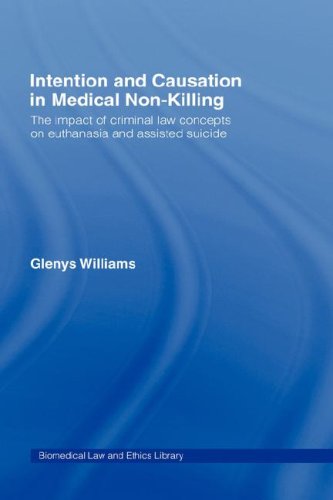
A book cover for Intention and Causation in Medical Non-Killing: The Impact of Criminal Law Concepts on Euthanasia and Assisted Suicide (Biomedical Law and Ethics Library); Glenys Williams; Law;